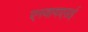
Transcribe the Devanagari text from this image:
एनवायएसई